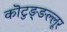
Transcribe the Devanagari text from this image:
कॊटुङ्ङल्लूर